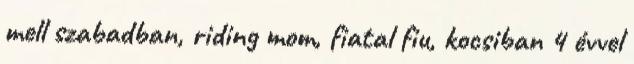
mell szabadban, riding mom, fiatal fiu, kocsiban 4 évvel